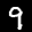
Label: 9